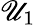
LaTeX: \mathscr{U}_{1}